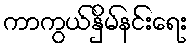
ကာကွယ်နှိမ်နင်းရေး